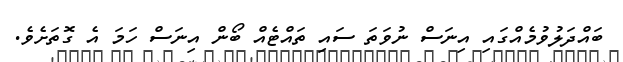
ބައްދަލުވުމެއްގައި އިނަސް ނުވަތަ ސައި ތައްޓެއް ބޯން އިނަސް ހަމަ އެ ގޮތަށެވެ.